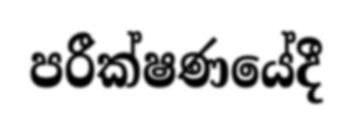
පරීක්ෂණයේදී